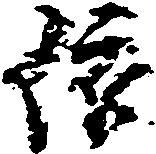
依